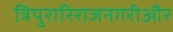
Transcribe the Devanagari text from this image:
त्रिपुरारिराजनगरीऔर